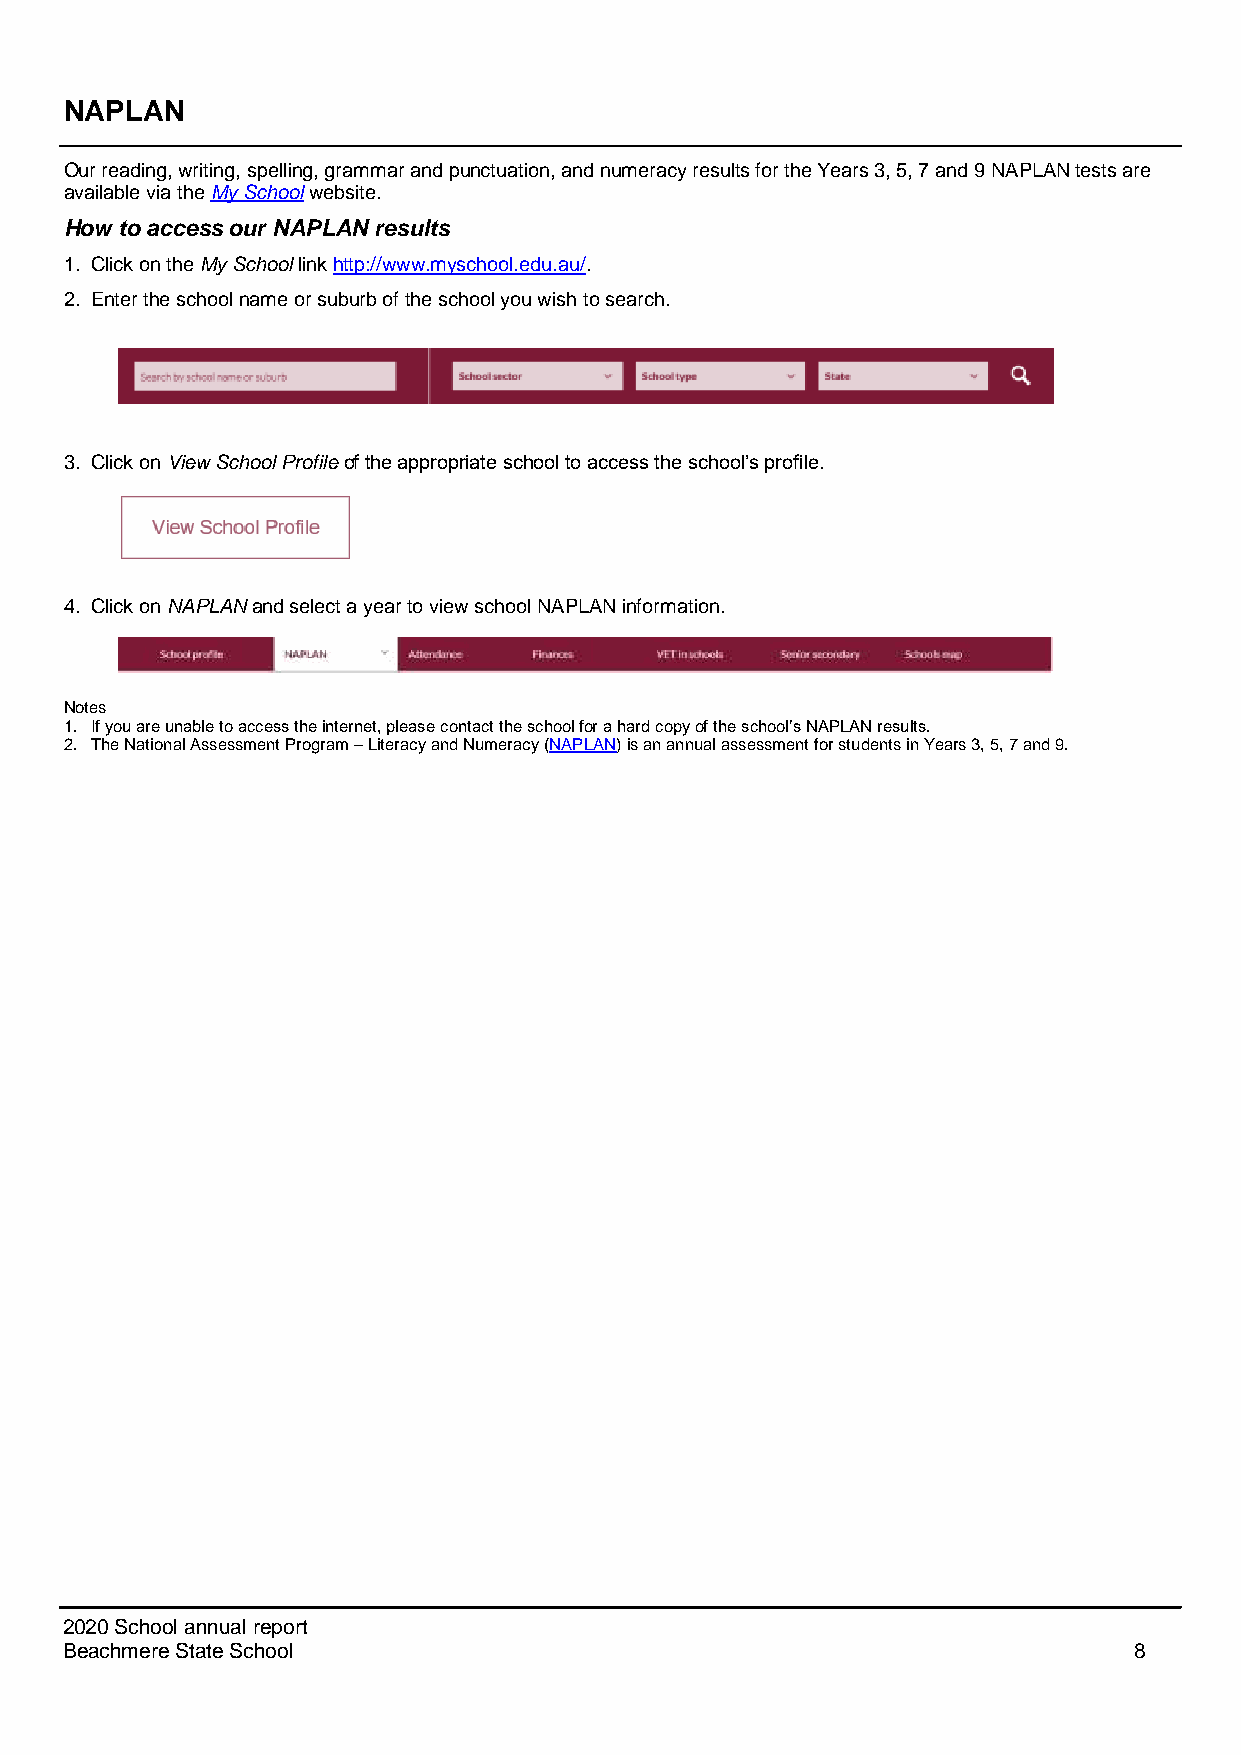
NAPLAN
 Our reading, writing, spelling, grammar and punctuation, and numeracy results for the Years 3, 5, 7 and 9 NAPLAN tests are
 available via the My School website.
 How to access our NAPLAN results
 1. Click on the My School link http://www.myschool.edu.au/.
 2. Enter the school name or suburb of the school you wish to search.
 3. Click on View School Profile of the appropriate school to access the school’s profile.
 4. Click on NAPLAN and select a year to view school NAPLAN information.
 Notes
 1. If you are unable to access the internet, please contact the school for a hard copy of the school’s NAPLAN results.
 2. The National Assessment Program – Literacy and Numeracy (NAPLAN) is an annual assessment for students in Years 3, 5, 7 and 9.
 2020 School annual report
 Beachmere State School                                                 8